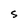
Character: S